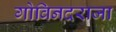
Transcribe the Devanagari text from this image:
गोविनदराजा